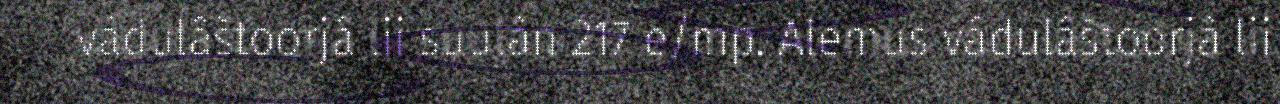
vádulâštoorjâ lii suulân 217 e/mp. Alemus vádulâštoorjâ lii